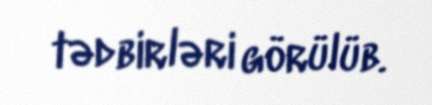
tədbirləri görülüb.